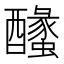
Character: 𨣰